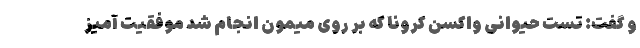
و گفت: تست حیوانی واکسن کرونا که بر روی میمون انجام شد موفقیت آمیز